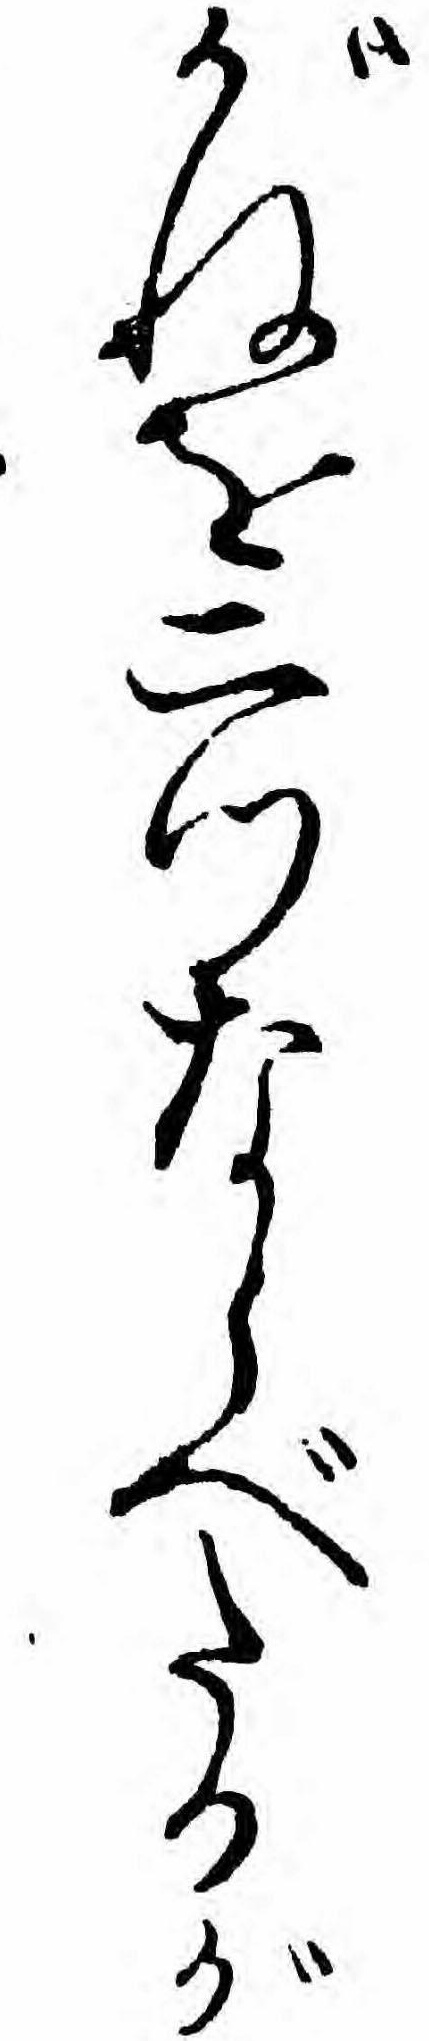
がねを二つならべたるが